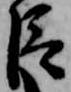
臣